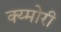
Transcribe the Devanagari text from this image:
क्य्मोरी